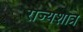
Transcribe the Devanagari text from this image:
राज्यशात्र